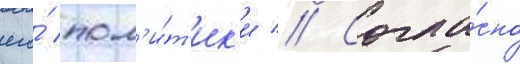
его́ пол'и́т'ик'и // Согла́сно